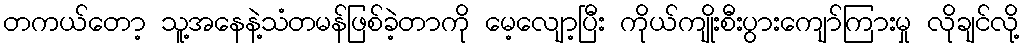
တကယ်တော့ သူ့အနေနဲ့သံတမန်ဖြစ်ခဲ့တာကို မေ့လျော့ပြီး ကိုယ်ကျိုးစီးပွားကျော်ကြားမှု လိုချင်လို့